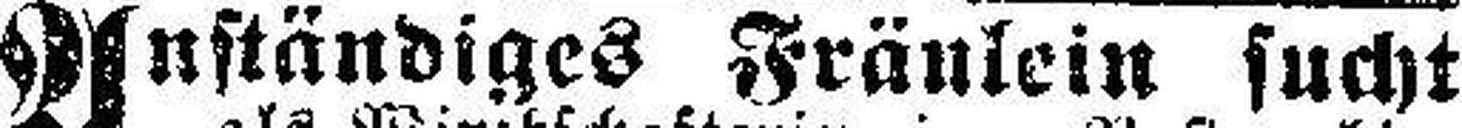
Anständiges Fräulein sucht